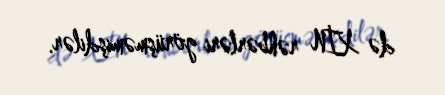
də XİN rəhbərləri görüşməmişdilər.